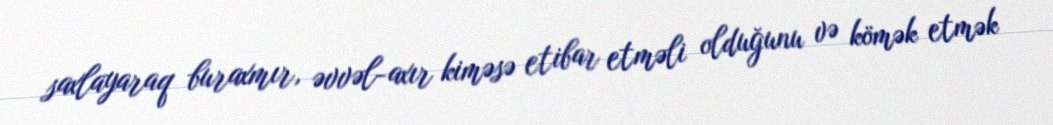
saxlayaraq buraxmır, əvvəl-axır kiməsə etibar etməli olduğunu və kömək etmək